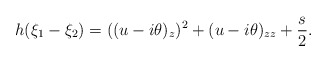
\begin{align*} h (\xi_1- \xi_2) = ((u-i \theta)_{z})^2 + (u-i \theta)_{zz} + \frac{s}{2}.\end{align*}